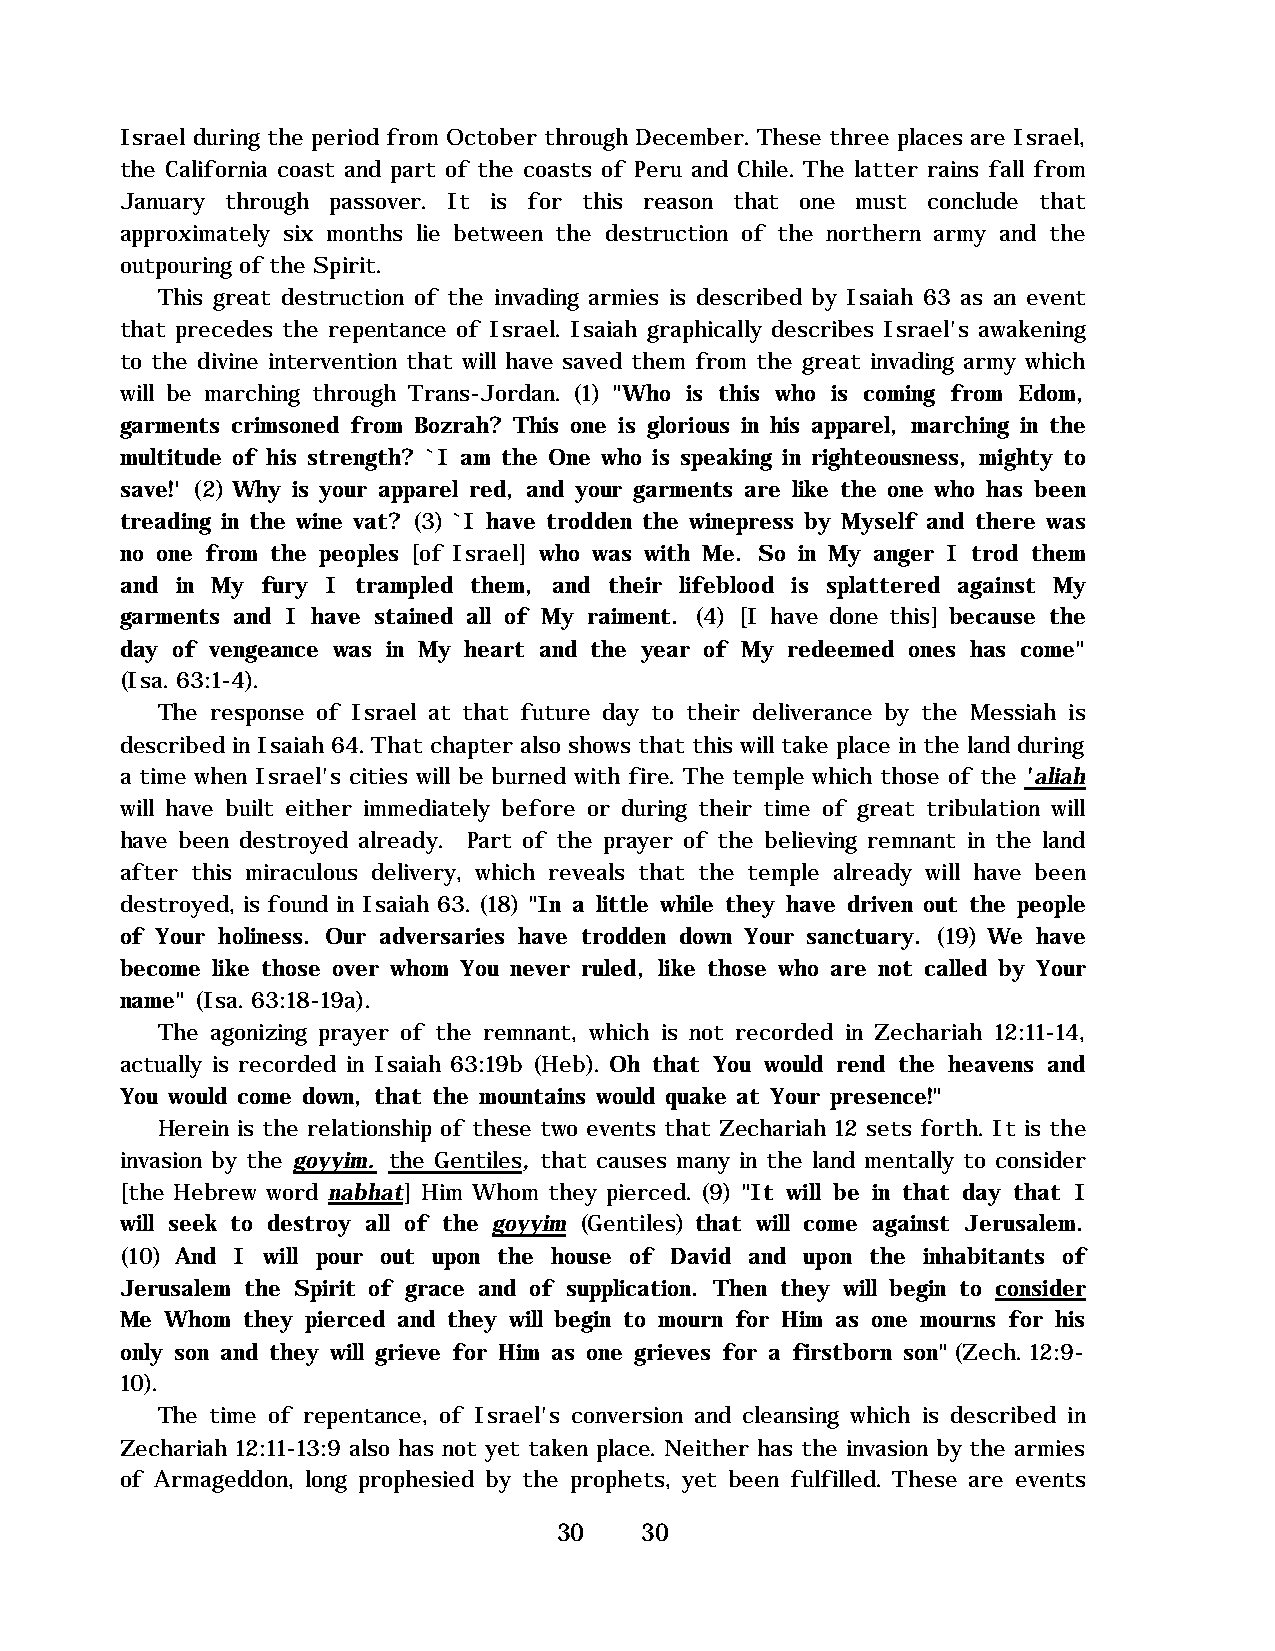
Israel during the period from October through December. These three places are Israel,
 the California coast and part of the coasts of Peru and Chile. The latter rains fall from
 January through passover. It is for this reason that one must conclude that
 approximately six months lie between the destruction of the northern army and the
 outpouring of the Spirit.
 This great destruction of the invading armies is described by Isaiah 63 as an event
 that precedes the repentance of Israel. Isaiah graphically describes Israel's awakening
 to the divine intervention that will have saved them from the great invading army which
 will be marching through Trans-Jordan. (1) "Who is this who is coming from Edom,
 garments crimsoned from Bozrah? This one is glorious in his apparel, marching in the
 multitude of his strength? `I am the One who is speaking in righteousness, mighty to
 save!' (2) Why is your apparel red, and your garments are like the one who has been
 treading in the wine vat? (3) `I have trodden the winepress by Myself and there was
 no one from the peoples [of Israel] who was with Me. So in My anger I trod them
 and in My fury I trampled them, and their lifeblood is splattered against My
 garments and I have stained all of My raiment. (4) [I have done this] because the
 day of vengeance was in My heart and the year of My redeemed ones has come"
 (Isa. 63:1-4).
 The response of Israel at that future day to their deliverance by the Messiah is
 described in Isaiah 64. That chapter also shows that this will take place in the land during
 a time when Israel's cities will be burned with fire. The temple which those of the 'aliah
 will have built either immediately before or during their time of great tribulation will
 have been destroyed already. Part of the prayer of the believing remnant in the land
 after this miraculous delivery, which reveals that the temple already will have been
 destroyed, is found in Isaiah 63. (18) "In a little while they have driven out the people
 of Your holiness. Our adversaries have trodden down Your sanctuary. (19) We have
 become like those over whom You never ruled, like those who are not called by Your
 name" (Isa. 63:18-19a).
 The agonizing prayer of the remnant, which is not recorded in Zechariah 12:11-14,
 actually is recorded in Isaiah 63:19b (Heb). Oh that You would rend the heavens and
 You would come down, that the mountains would quake at Your presence!"
 Herein is the relationship of these two events that Zechariah 12 sets forth. It is the
 invasion by the goyyim. the Gentiles, that causes many in the land mentally to consider
 [the Hebrew word nabhat] Him Whom they pierced. (9) "It will be in that day that I
 will seek to destroy all of the goyyim (Gentiles) that will come against Jerusalem.
 (10) And I will pour out upon the house of David and upon the inhabitants of
 Jerusalem the Spirit of grace and of supplication. Then they will begin to consider
 Me Whom they pierced and they will begin to mourn for Him as one mourns for his
 only son and they will grieve for Him as one grieves for a firstborn son" (Zech. 12:9-
 10).
 The time of repentance, of Israel's conversion and cleansing which is described in
 Zechariah 12:11-13:9 also has not yet taken place. Neither has the invasion by the armies
 of Armageddon, long prophesied by the prophets, yet been fulfilled. These are events
 30   30